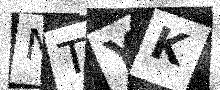
Text: NTYK